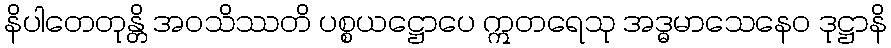
နိပါတေတုန္တိ အဝသိဿတိ ပစ္စယဋ္ဌောပေ ဣတရေသု အဒ္ဓမာသေနေဝ ဒုဋ္ဌာနိ